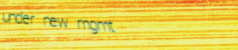
under new mgmt